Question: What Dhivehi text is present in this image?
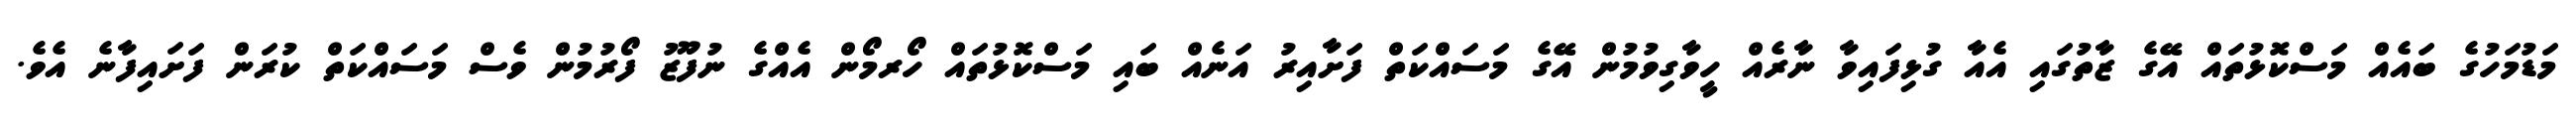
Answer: މަޑުމަހުގެ ބައެއް މަސްކޮޅުތައް އޭގެ ޒާތުގައި އެއާ ގުޅިފައިވާ ނާރެއް ހީވާގިވުމުން އޭގެ މަސައްކަތް ފަށާއިރު އަނެއް ބައި މަސްކޮޅުތައް ހޯރމޯން އެއްގެ ނުފޫޒު ފޯރުމުން ވެސް މަސައްކަތް ކުރަން ފަށައިފާނެ އެވެ.